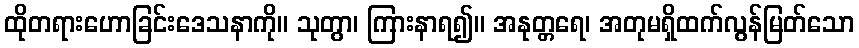
ထိုတရားဟောခြင်းဒေသနာကို။ သုတွာ၊ ကြားနာရ၍။ အနုတ္တရေ၊ အတုမရှိထက်လွန်မြတ်သော